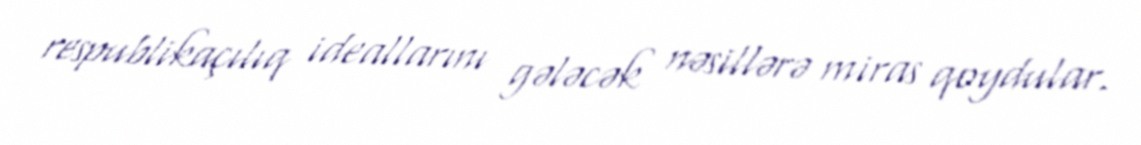
respublikaçılıq ideallarını gələcək nəsillərə miras qoydular.